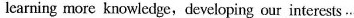
learning more knowledge,developing our interests …